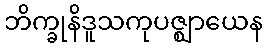
ဘိက္ခုနိဒူသကုပဇ္ဈာယေန